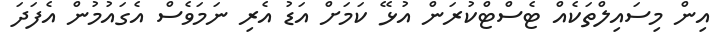
އިން މިސައިލްތަކެއް ޓެސްޓްކުރަން އުޅޭ ކަމަށް އަޑު އެރި ނަމަވެސް އެގައުމުން އެފަދަ